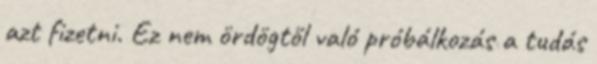
azt fizetni. Ez nem ördögtől való próbálkozás a tudás